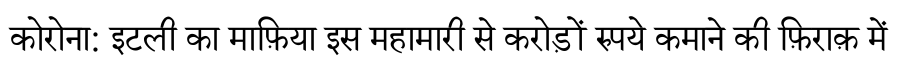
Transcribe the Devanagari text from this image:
कोरोना: इटली का माफ़िया इस महामारी से करोड़ों रुपये कमाने की फ़िराक़ में